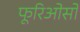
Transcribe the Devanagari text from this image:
फूरिओसो